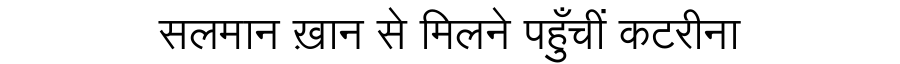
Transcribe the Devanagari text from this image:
सलमान ख़ान से मिलने पहुँचीं कटरीना